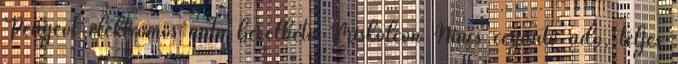
Peugeot elektromos autó bérelhető Miskolcon Nincs cégautó adó, teljes